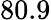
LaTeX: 80.9